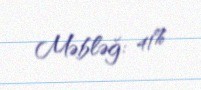
Məbləğ: 41%